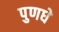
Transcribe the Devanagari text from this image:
पुणधे